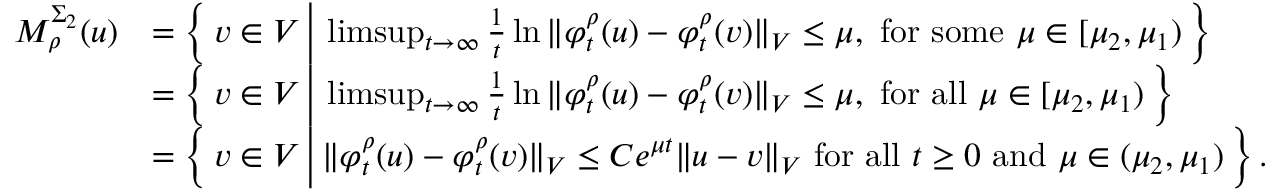
\begin{array} { r l } { M _ { \rho } ^ { \Sigma _ { 2 } } ( u ) } & { = \left\{ \, v \in V \, \Big \vert \, \operatorname* { l i m s u p } _ { t \to \infty } \frac { 1 } { t } \ln { \Vert \varphi _ { t } ^ { \rho } ( u ) - \varphi _ { t } ^ { \rho } ( v ) \Vert _ { V } } \leq \mu , \mathrm { ~ f o r ~ s o m e ~ } \mu \in [ \mu _ { 2 } , \mu _ { 1 } ) \, \right\} } \\ & { = \left\{ \, v \in V \, \Big \vert \, \operatorname* { l i m s u p } _ { t \to \infty } \frac { 1 } { t } \ln { \Vert \varphi _ { t } ^ { \rho } ( u ) - \varphi _ { t } ^ { \rho } ( v ) \Vert _ { V } } \leq \mu , \mathrm { ~ f o r ~ a l l ~ } \mu \in [ \mu _ { 2 } , \mu _ { 1 } ) \, \right\} } \\ & { = \left\{ \, v \in V \, \Big \vert \, \Vert \varphi _ { t } ^ { \rho } ( u ) - \varphi _ { t } ^ { \rho } ( v ) \Vert _ { V } \leq C e ^ { \mu t } \Vert u - v \Vert _ { V } \mathrm { ~ f o r ~ a l l ~ } t \geq 0 \mathrm { ~ a n d ~ } \mu \in ( \mu _ { 2 } , \mu _ { 1 } ) \, \right\} . } \end{array}